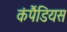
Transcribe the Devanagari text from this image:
कंपैंडियस